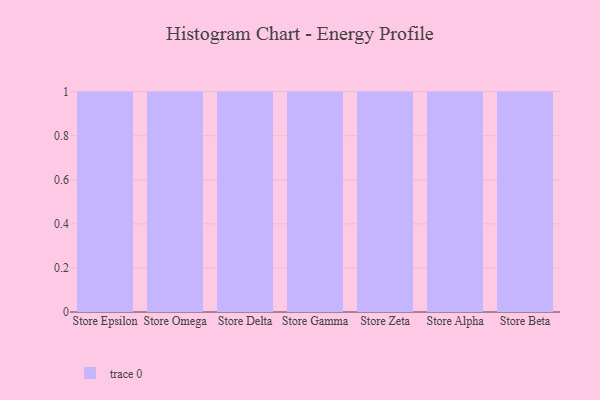
{"axis": {"x": "Store", "y": "Tickets Resolved"}, "legend": [""], "data": [{"x": "Store Epsilon", "y": 95, "type": ""}, {"x": "Store Omega", "y": 53, "type": ""}, {"x": "Store Delta", "y": 24, "type": ""}, {"x": "Store Gamma", "y": 75, "type": ""}, {"x": "Store Zeta", "y": 21, "type": ""}, {"x": "Store Alpha", "y": 79, "type": ""}, {"x": "Store Beta", "y": 98, "type": ""}]}